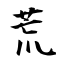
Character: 荒